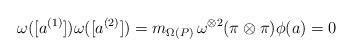
LaTeX: \begin{align*}\omega ( [a^{(1)}] ) \omega ( [a^{(2)}] ) = m_{\Omega(P)} \, \omega^{\otimes 2} (\pi \otimes \pi) \phi (a) = 0\end{align*}